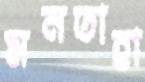
মনতাহা